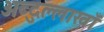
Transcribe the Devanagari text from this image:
अब्दुल्लाखाँ